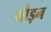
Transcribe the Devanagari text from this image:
गौड़न